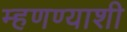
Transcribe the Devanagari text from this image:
म्हणण्याशी